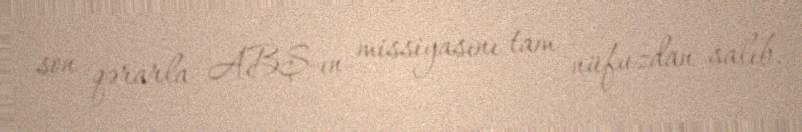
son qərarla ABŞ-ın missiyasını tam nüfuzdan salıb.